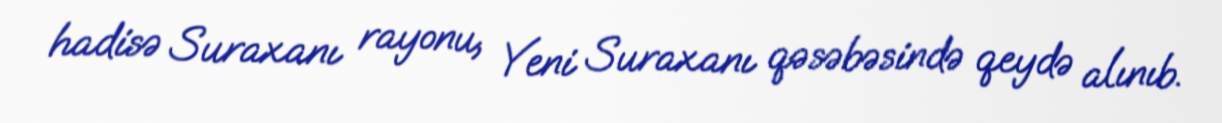
hadisə Suraxanı rayonu, Yeni Suraxanı qəsəbəsində qeydə alınıb.